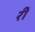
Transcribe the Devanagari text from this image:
रीं